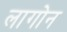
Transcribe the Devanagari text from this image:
लागोन